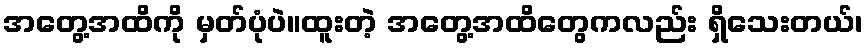
အတွေ့အထိကို မှတ်ပုံပဲ။ထူးတဲ့ အတွေ့အထိတွေကလည်း ရှိသေးတယ်၊